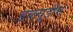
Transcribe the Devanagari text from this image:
डब्ल्यूडीम